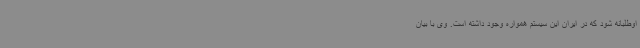
اوطلبانه شود که در ایران این سیستم همواره وجود داشته است. وی با بیان